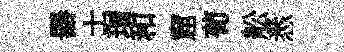
器士瑁和窟荀舩悉